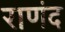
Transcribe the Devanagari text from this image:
राणंद